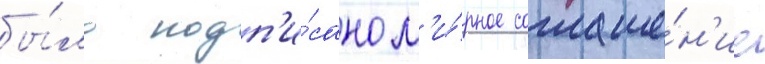
бы́ло подп'и́сано м'и́рное соглаше́н'ие